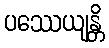
ပဿေယျန္တိ